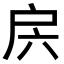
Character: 𭠁